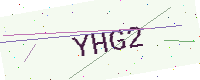
Text: YHG2